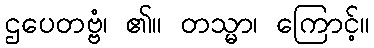
ဌပေတဗ္ဗံ၊ ၏။ တသ္မာ၊ ကြောင့်။